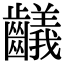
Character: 𪙴